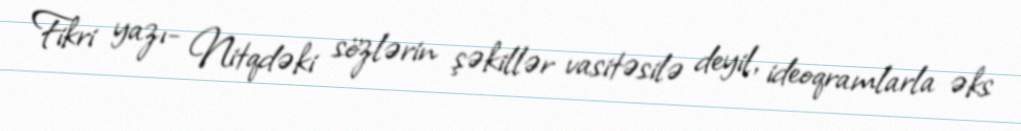
Fikri yazı- Nitqdəki sözlərin şəkillər vasitəsilə deyil, ideoqramlarla əks